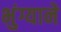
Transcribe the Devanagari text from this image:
भुंग्याने